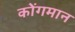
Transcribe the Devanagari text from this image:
कोंगमान